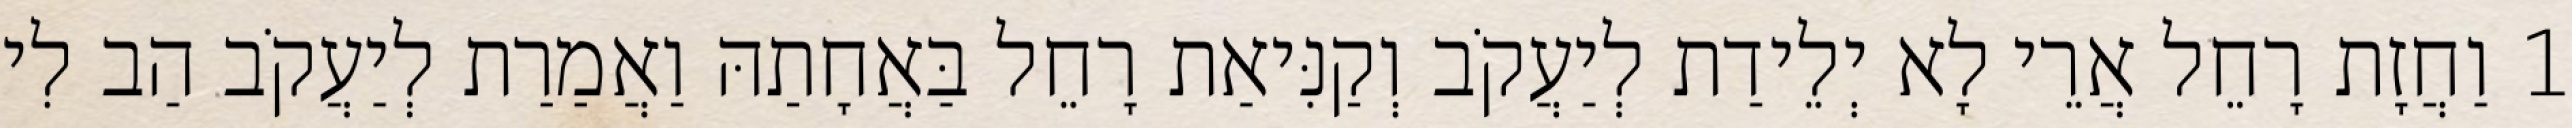
1 וַחֲזָת רָחֵל אֲרֵי לָא יְלֵידַת לְיַעֲקֹב וְקַנִּיאַת רָחֵל בַּאֲחָתַהּ וַאֲמַרַת לְיַעֲקֹב הַב לִי